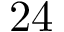
2 4